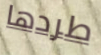
طردها